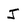
Character: J